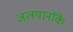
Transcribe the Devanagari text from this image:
जलयानोंके